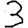
Digit: 3